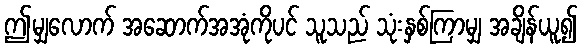
ဤမျှလောက် အဆောက်အအုံကိုပင် သူသည် သုံးနှစ်ကြာမျှ အချိန်ယူ၍